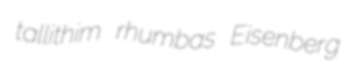
tallithim rhumbas Eisenberg